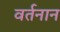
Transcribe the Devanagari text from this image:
वर्तनान